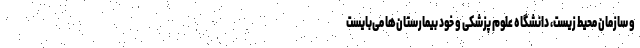
و سازمان محیط زیست، دانشگاه علوم پزشکی و خود بیمارستان‌ها می‌بایست